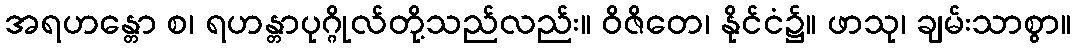
အရဟန္တော စ၊ ရဟန္တာပုဂ္ဂိုလ်တို့သည်လည်း။ ဝိဇိတေ၊ နိုင်ငံ၌။ ဖာသု၊ ချမ်းသာစွာ။